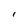
Character: I